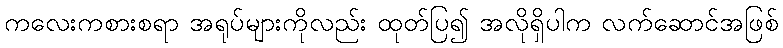
ကလေးကစားစရာ အရုပ်များကိုလည်း ထုတ်ပြ၍ အလိုရှိပါက လက်ဆောင်အဖြစ်